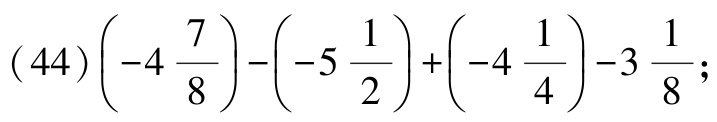
\((44)\left(-4\frac{7}{8}\right)-\left(-5\frac{1}{2}\right)+\left(-4\frac{1}{4}\right)-3\frac{1}{8}\);